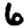
Digit: 6